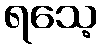
ရသေ့